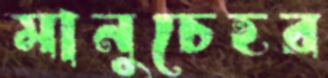
মানুচেহর